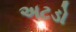
અટડો